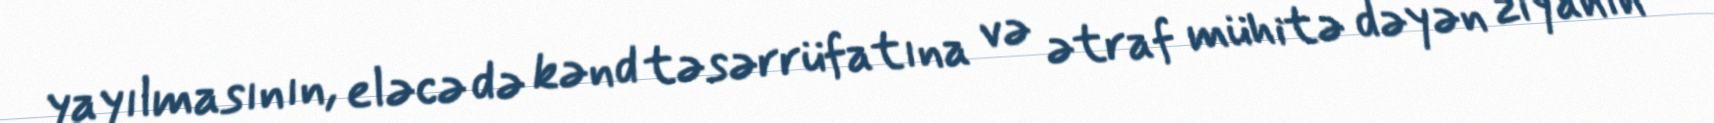
yayılmasının, eləcə də kənd təsərrüfatına və ətraf mühitə dəyən ziyanın